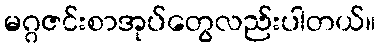
မဂ္ဂဇင်းစာအုပ်တွေလည်းပါတယ်။